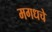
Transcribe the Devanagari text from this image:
मगधचे